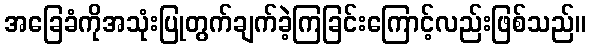
အခြေခံကိုအသုံးပြုတွက်ချက်ခဲ့ကြခြင်းကြောင့်လည်းဖြစ်သည်။